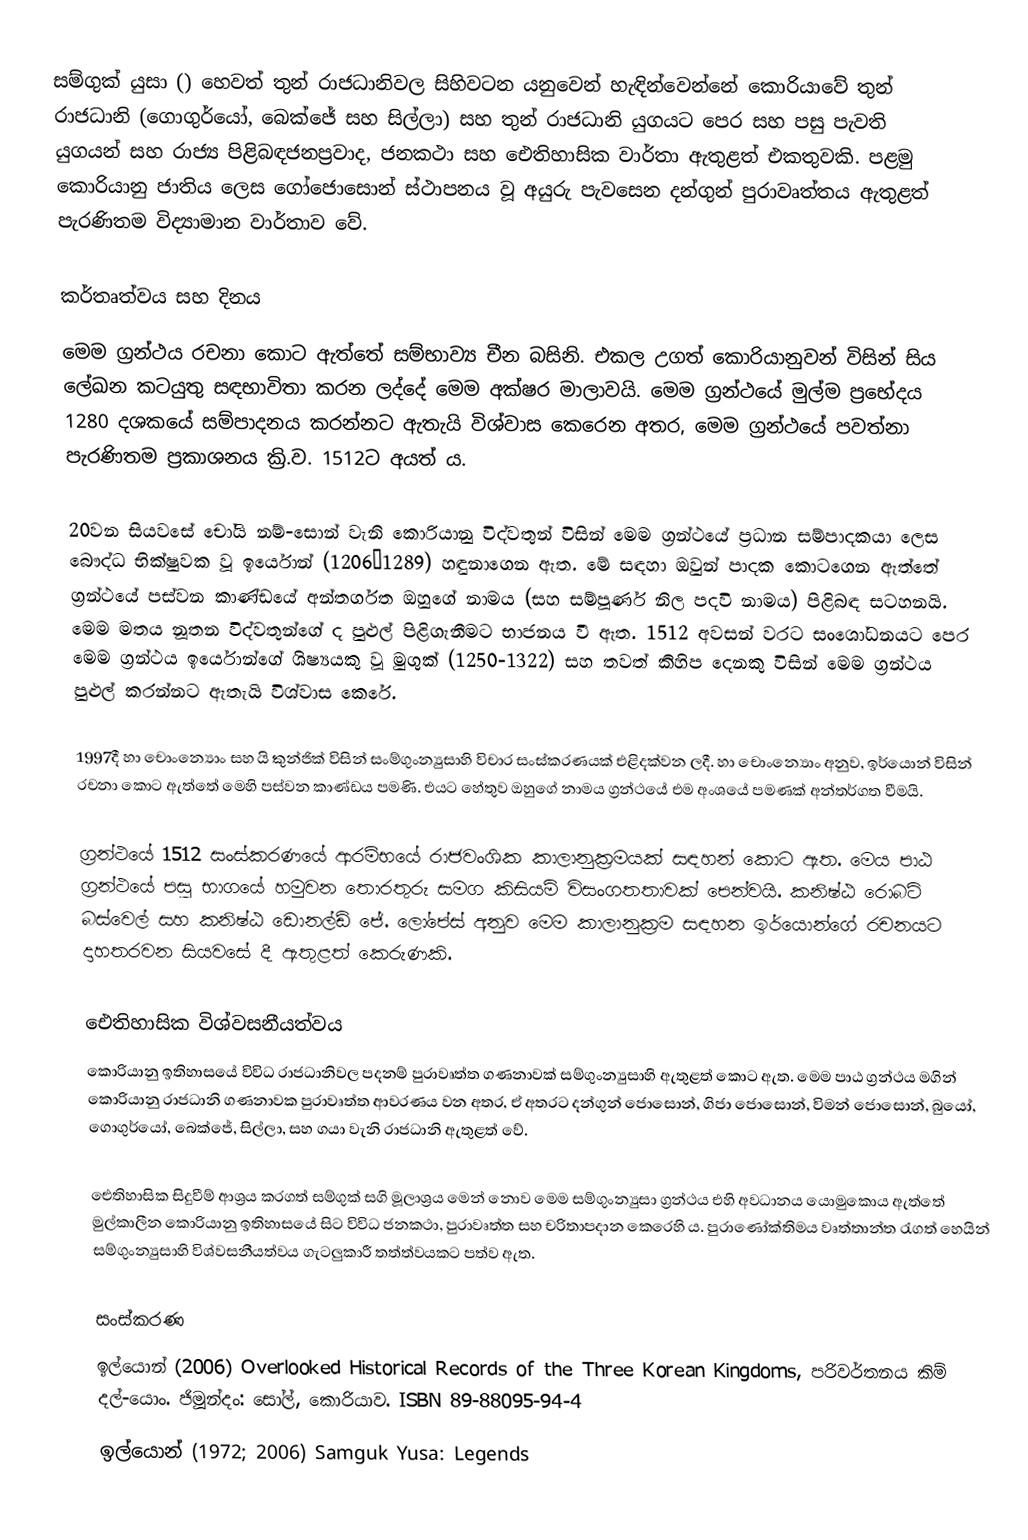
සම්ගුක් යුසා () හෙවත් තුන් රාජධානිවල සිහිවටන යනුවෙන් හැඳින්වෙන්නේ කොරියාවේ තුන් රාජධානි (ගොගුර්යෝ, බෙක්ජේ සහ සිල්ලා) සහ තුන් රාජධානි යුගයට පෙර සහ පසු පැවති යුගයන් සහ රාජ්‍ය පිළිබඳජනප්‍රවාද, ජනකථා සහ ඓතිහාසික වාර්තා ඇතුළත් එකතුවකි. පළමු කොරියානු ජාතිය ලෙස ගෝජොසොන් ස්ථාපනය වූ අයුරු පැවසෙන දන්ගුන් පුරාවෘත්තය ඇතුළත් පැරණිතම විද්‍යාමාන වාර්තාව වේ.

කර්තෘත්වය සහ දිනය
මෙම ‍ග්‍රන්ථය රචනා කොට ඇත්තේ සම්භාව්‍ය චීන බසිනි. එකල උගත් කොරියානුවන් විසින් සිය ලේඛන කටයුතු සඳභාවිතා කරන ලද්දේ මෙම අක්ෂර මාලාවයි. මෙම ග්‍රන්ථයේ මුල්ම ප්‍රභේදය 1280 දශකයේ සම්පාදනය කරන්නට ඇතැයි විශ්වාස කෙරෙන අතර, මෙම ග්‍රන්ථ‍යේ පවත්නා පැරණිතම ප්‍රකාශනය ක්‍රි.ව. 1512ට අයත් ය.

20වන සියවසේ ‍චෝයි නම්-සොන් වැනි කොරියානු විද්වතුන් විසින් මෙම ග්‍රන්ථයේ ප්‍රධාන සම්පාදකයා ලෙස බෞද්ධ භික්ෂුවක වූ ඉර්යොන් (1206–1289) හඳුනාගෙන ඇත. මේ සඳහා ඔවුන් පාදක කොටගෙන ඇත්තේ ග්‍රන්ථයේ පස්වන කාණ්ඩයේ අන්තර්ගත ඔහුගේ නාමය (සහ සම්පූර්ණ නිල පදවි නාමය) පිළිබඳ සටහනයි. මෙම මතය නූතන විද්වතුන්ගේ ද පුළුල් පිළිගැනීමට භාජනය වී ඇත. 1512 අවසන් වරට සංශෝධනයට පෙර මෙම ග්‍රන්ථය ඉර්යොන්ගේ ශිෂ්‍යයකු වූ මුගුක් (1250-1322) සහ තවත් කිහිප දෙනකු විසින් මෙම ග්‍රන්ථය පුළුල් කරන්නට ඇතැයි විශ්වාස කෙරේ.

1997දී හා චොංන්‍යොං සහ යි කුන්ජික් විසින් සංම්ගුංන්‍යුසාහි විචාර සංස්කරණයක් එළිදක්වන ලදී. හා චොංන්‍යොං අනුව, ඉර්යොන් විසින් රචනා කොට ඇත්තේ මෙහි පස්වන කාණ්ඩය පමණි. එයට හේතුව ඔහු‍ගේ නාමය ග්‍රන්ථයේ එම අංශයේ පමණක් අන්තර්ගත වීමයි.

ග්‍රන්ථයේ 1512 සංස්කරණයේ ආරම්භයේ රාජවංශික කාලානුක්‍රමයක් සඳහන් කොට ඇත. මෙය පාඨ ග්‍රන්ථයේ පසු භාගයේ හමුවන තොරතුරු සමග කිසියම් විසංගතතාවක් පෙන්වයි. කනිෂ්ඨ රොබට් බස්වෙල් සහ කනිෂ්ඨ ඩොනල්ඩ් ජේ. ලෝපේස් අනුව මෙම කාලානුක්‍රම සඳහන ඉර්යොන්ගේ රචනයට දාහතරවන සියවසේ දී ඇතුළත් කෙරුණකි.

ඓතිහාසික විශ්වසනීයත්වය
කොරියානු ඉතිහාසයේ විවිධ රාජධානිවල පදනම් පුරාවෘත්ත ගණනාවක් සම්ගුංන්‍යුසාහි ඇතුළත් කොට ඇත. මෙම පාඨ ග්‍රන්ථය මගින් කොරියානු රාජධානි ගණනාවක පුරාවෘත්ත ආවරණය වන අතර, ඒ අතරට දන්ගුන් ජොසොන්, ගිජා ජොසොන්, විමන් ජොසොන්, බුයෝ, ගොගුර්යෝ, බෙක්ජේ, සිල්ලා, සහ ගයා වැනි රාජධානි ඇතුළත් වේ.

ඓතිහාසික සිදුවීම් ආශ්‍රය කරගත් සම්ගුක් සගි මූලාශ්‍රය මෙන් නොව මෙම සම්ගුංන්‍යුසා ග්‍රන්ථය එහි අවධානය යොමුකොය ඇත්තේ මුල්කාලීන කොරියානු ඉතිහාසයේ සිට විවිධ ජනකථා, පුරාවෘත්ත සහ චරිතාපදාන කෙරෙහි ය. පුරාණෝක්තිමය වෘත්තාන්ත රැගත් හෙයින් සම්ගුංන්‍යුසාහි විශ්වසනීයත්වය ගැටලුකාරී තත්ත්වයකට පත්ව ඇත.

සංස්කරණ
 ඉල්යොන් (2006) Overlooked Historical Records of the Three Korean Kingdoms, පරිවර්තනය කිම් දල්-යොං. ජිමූන්දං: සෝල්, කොරියාව. ISBN 89-88095-94-4
 ඉල්යොන් (1972; 2006) Samguk Yusa: Legends